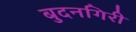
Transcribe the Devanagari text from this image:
बुदनगिरी